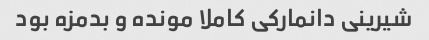
شیرینی دانمارکی کاملا مونده و بدمزه بود